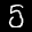
Label: 5